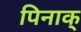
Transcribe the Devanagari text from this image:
पिनाक्